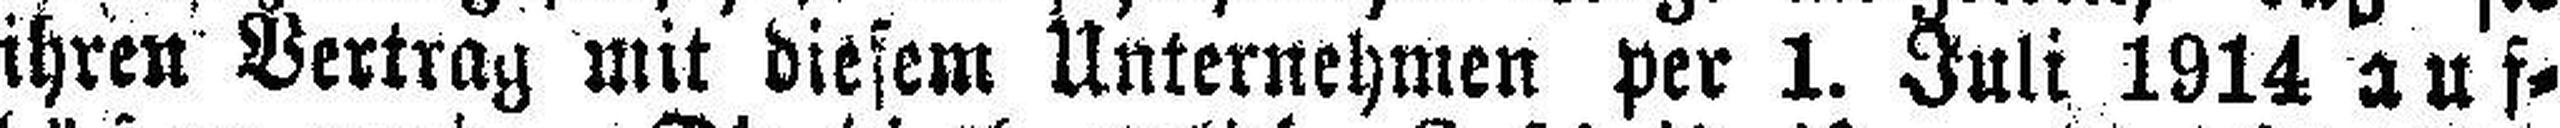
ihren Vertrag mit diesem Unternehmen per 1. Juli 1914 auf¬